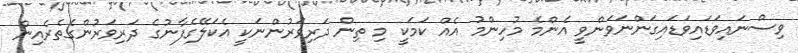
ވިސްނައިވަޑައިވަޑައިގަންނަވަންވީ އެންމެ މުހިންމު އެއް ކަމަކީ މި ތިން ދަރިވަރުންނަކީ އެކަލޭގެފާނުގެ ދަރިވަރުންގެތެރެއިން